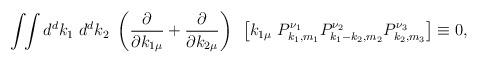
LaTeX: \begin{align*}\int \!\! \int d^dk_1~d^dk_2~\left( \frac{\partial}{\partial k_{1\mu}}+\frac{\partial}{\partial k_{2\mu}} \right)~\left[ k_{1\mu}~P_{k_1,m_1}^{\nu_1}P_{k_1-k_2,m_2}^{\nu_2}P_{k_2,m_3}^{\nu_3} \right] \equiv 0,\end{align*}